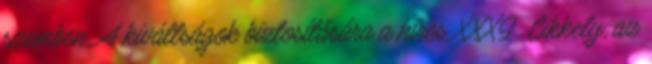
szemben. A kiváltságok biztosítására a híres XXXI. Cikkely, az